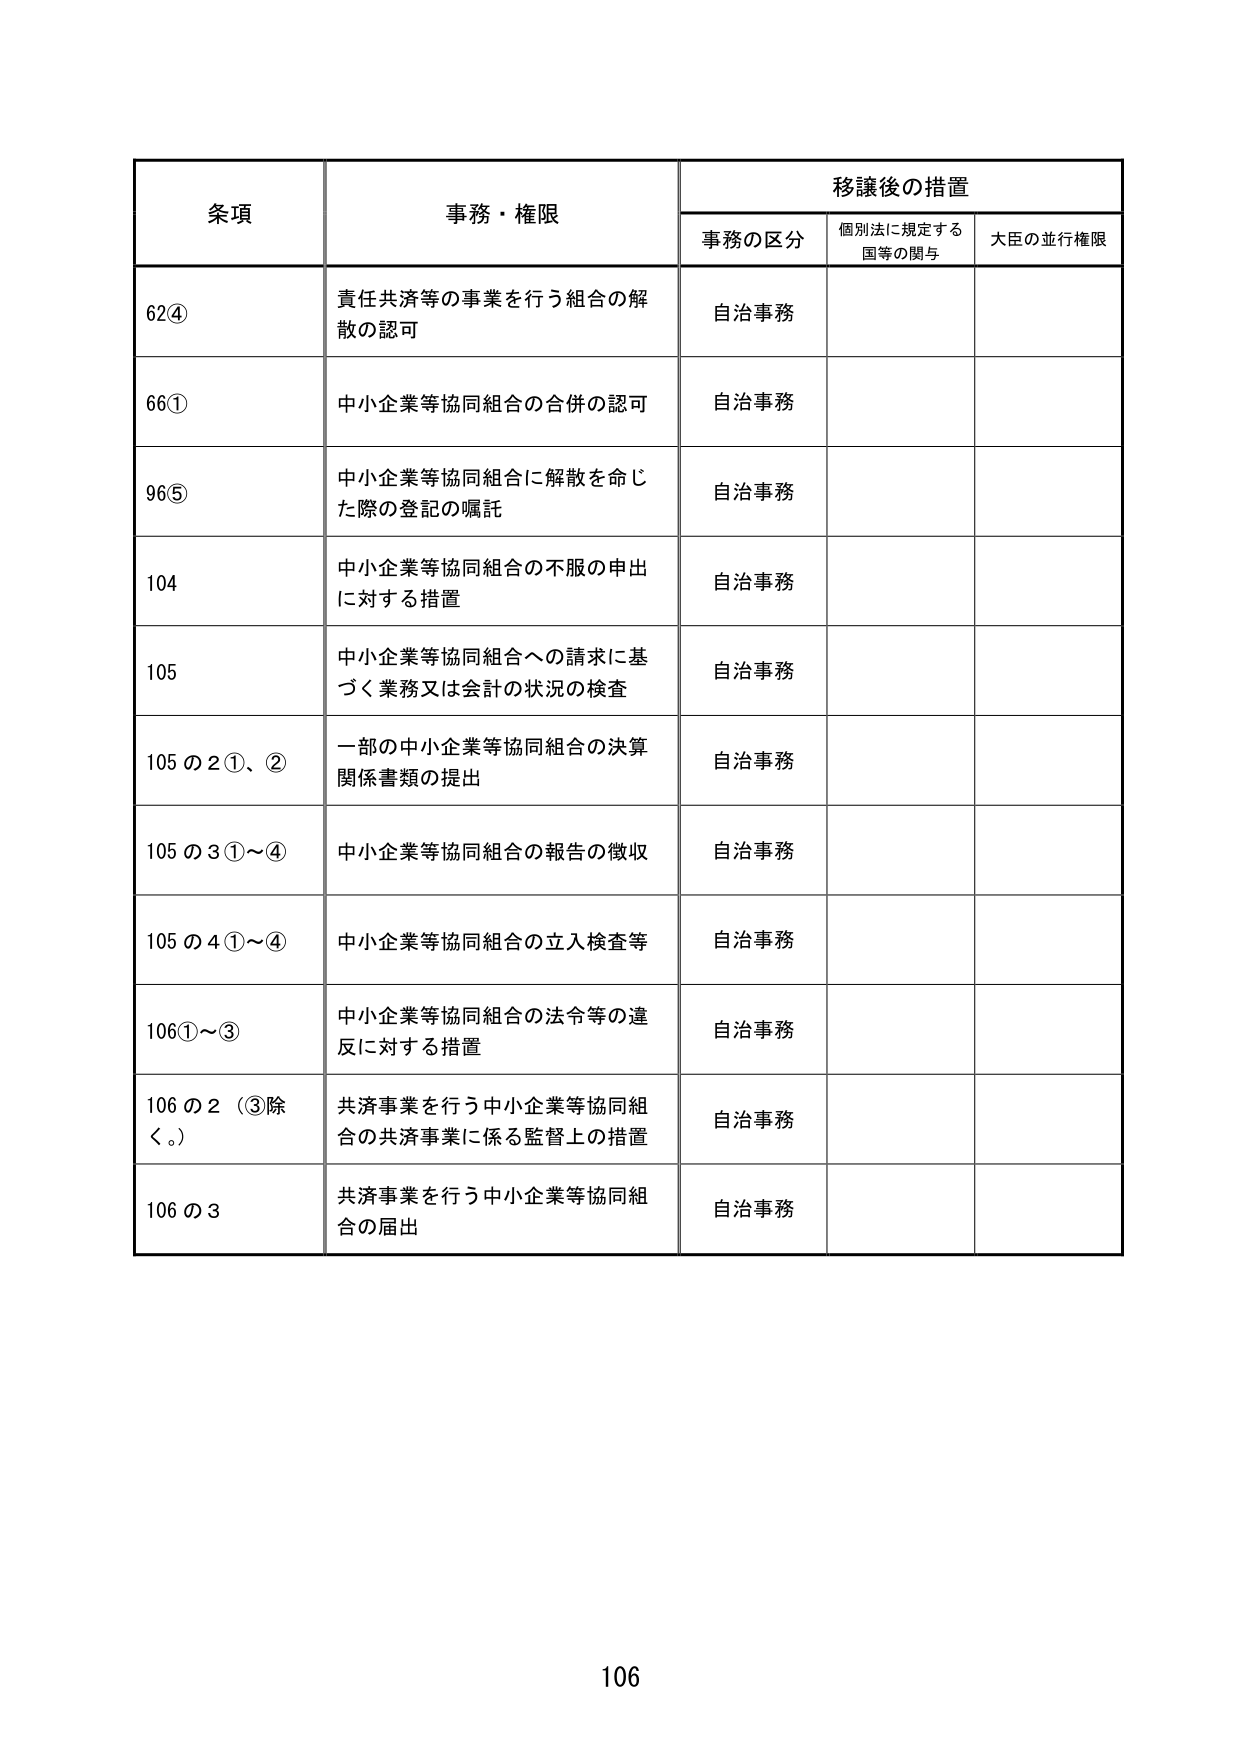
条項 事務・権限 移譲後の措置
事務の区分 個別法に規定する国等の関与 大臣の並行権限
62④ 責任共済等の事業を行う組合の解散の認可 自治事務
66① 中小企業等協同組合の合併の認可 自治事務
96⑤ 中小企業等協同組合に解散を命じた際の登記の嘱託 自治事務
104 中小企業等協同組合の不服の申出に対する措置 自治事務
105 中小企業等協同組合への請求に基づく業務又は会計の状況の検査 自治事務
105の2①、② 一部の中小企業等協同組合の決算関係書類の提出 自治事務
105の3①～④ 中小企業等協同組合の報告の徴収 自治事務
105の4①～④ 中小企業等協同組合の立入検査等 自治事務
106①～③ 中小企業等協同組合の法令等の違反に対する措置 自治事務
106の2（③除く。） 共済事業を行う中小企業等協同組合の共済事業に係る監督上の措置 自治事務
106の3 共済事業を行う中小企業等協同組合の届出 自治事務
106